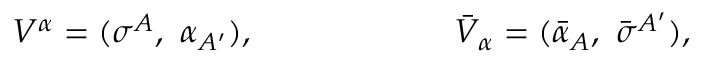
V ^ { \alpha } = ( \sigma ^ { A } , \ \alpha _ { A ^ { \prime } } ) , \qquad \qquad \qquad { \bar { V } } _ { \alpha } = ( { \bar { \alpha } _ { A } } , \ { \bar { \sigma } } ^ { A ^ { \prime } } ) ,